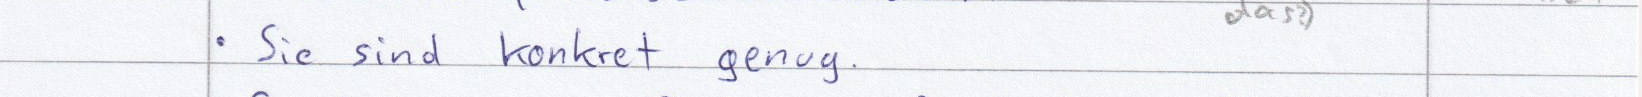
Sie sind konkret genug.